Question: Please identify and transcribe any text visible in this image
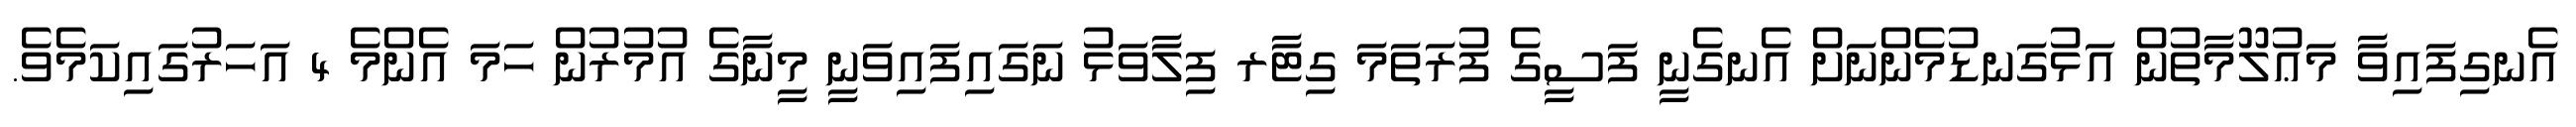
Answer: އެނގިފައިވާ މަޢުލޫމާތުން އަޅުގަނޑުމެންނަށް އެނގެނީ ފަސީގެ ފުރަތަމަ ގިޓާރ ފިލާވަޅު ނަގައިފައިވަނީ މީނާގެ އުމުރުން ހަމަ އެންމެ 4 އަހަރުގައިކަމެވެ.